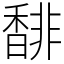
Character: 馡